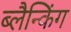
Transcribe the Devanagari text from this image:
ब्लैन्किंग